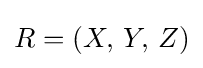
R=(X,\,Y,\,Z)